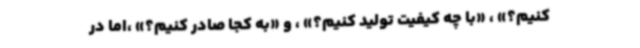
کنیم؟» ، «با چه کیفیت تولید کنیم؟» ، و «به کجا صادر کنیم؟» ،اما در